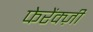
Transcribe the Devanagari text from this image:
फेरेंक्ज़ी